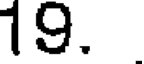
19.